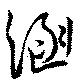
涵